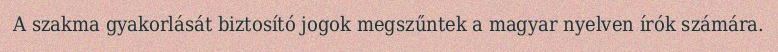
A szakma gyakorlását biztosító jogok megszűntek a magyar nyelven írók számára.